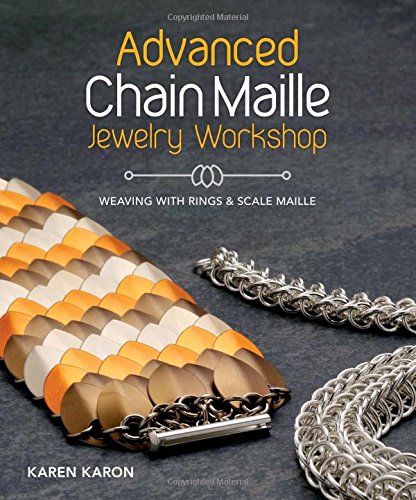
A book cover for Advanced Chain Maille Jewelry Workshop: Weaving with Rings and Scale Maille; Karen Karon; Crafts, Hobbies & Home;